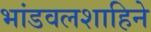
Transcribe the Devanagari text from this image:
भांडवलशाहिने